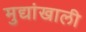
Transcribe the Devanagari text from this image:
मुद्यांखाली